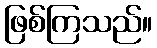
ဖြစ်ကြသည်။